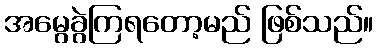
အမွေခွဲကြရတော့မည် ဖြစ်သည်။